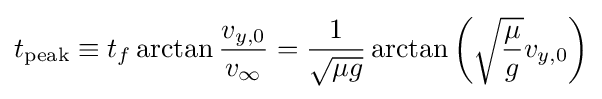
t_{\mathrm {peak} }\equiv t_{f}\arctan {\frac {v_{y,0}}{v_{\infty }}}={\frac {1}{\sqrt {\mu g}}}\arctan {\left({\sqrt {\frac {\mu }{g}}}v_{y,0}\right)}